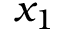
x _ { 1 }